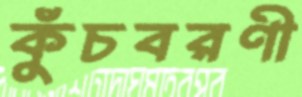
কুঁচবরণী